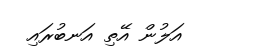
އަލުން އޭތި އަނބުރައި